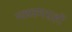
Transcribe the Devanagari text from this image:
मध्यमग्रहों